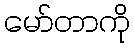
မော်တာကို